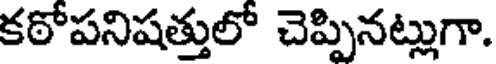
కఠోపనిషత్తులో చెప్పినట్లుగా.